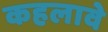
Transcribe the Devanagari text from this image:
कहलावे